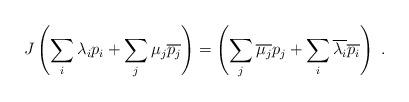
LaTeX: \begin{align*}J\left( \sum_{i}\lambda _{i}p_{i}+\sum_{j}\mu _{j}\overline{p_{j}}\right)=\left( \sum_{j}\overline{\mu _{j}}p_{j}+\sum_{i}\overline{\lambda _{i}}\overline{p_{i}}\right) ~.\end{align*}